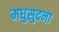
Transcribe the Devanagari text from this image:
मधुसुदना